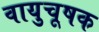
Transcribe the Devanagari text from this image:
वायुचूषक